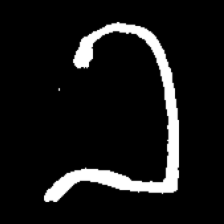
Pyu character \u2014 Myanmar letter: ခ (romanized: kha)